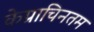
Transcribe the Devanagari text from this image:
केप्राचिनतम